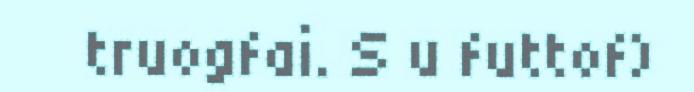
truogfai. S u futtof)